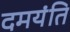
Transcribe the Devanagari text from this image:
दमयंति